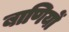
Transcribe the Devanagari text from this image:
बाणियों